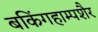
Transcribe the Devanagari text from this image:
बकिंगहाम्पशैर